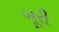
બૂરી